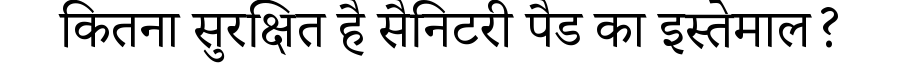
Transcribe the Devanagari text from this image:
कितना सुरक्षित है सैनिटरी पैड का इस्तेमाल?